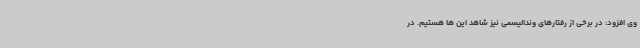
وی افزود: در برخی از رفتارهای وندالیسمی نیز شاهد این ها هستیم. در